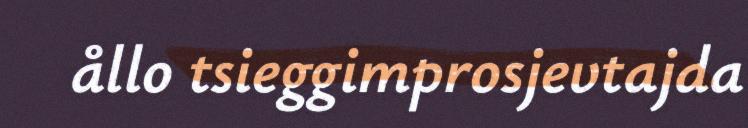
ållo tsieggimprosjevtajda